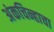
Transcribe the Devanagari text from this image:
अंकचिन्हाचा